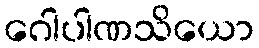
ဂေါပါဏသိယော